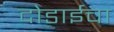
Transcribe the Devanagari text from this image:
दोडाईचा